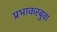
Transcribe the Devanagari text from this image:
प्रभाकरबुवा